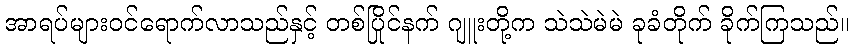
အာရပ်များဝင်ရောက်လာသည်နှင့် တစ်ပြိုင်နက် ဂျူးတို့က သဲသဲမဲမဲ ခုခံတိုက် ခိုက်ကြသည်။